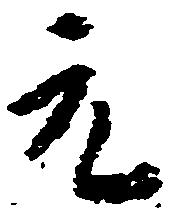
元